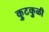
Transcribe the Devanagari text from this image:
कुटकुळी